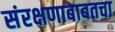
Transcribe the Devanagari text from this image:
संरक्षणाबाबतचा